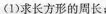
(1)求长方形的周长；